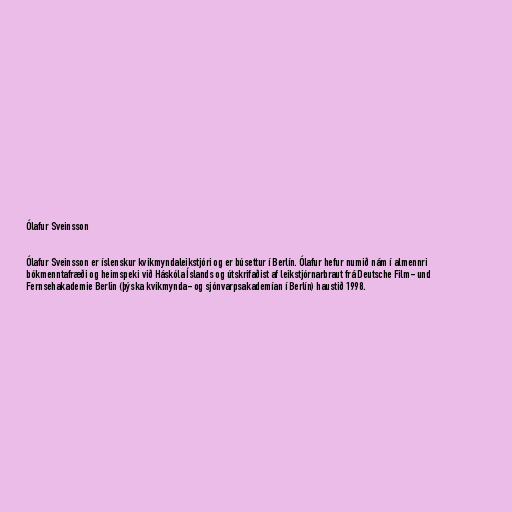
Ólafur Sveinsson

Ólafur Sveinsson er íslenskur kvikmyndaleikstjóri og er búsettur í Berlín. Ólafur hefur numið nám í almennri
bókmenntafræði og heimspeki við Háskóla Íslands og útskrifaðist af leikstjórnarbraut frá Deutsche Film- und
Fernsehakademie Berlin (þýska kvikmynda- og sjónvarpsakademían í Berlín) haustið 1998.